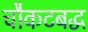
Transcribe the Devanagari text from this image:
चौकटबद्ध